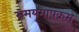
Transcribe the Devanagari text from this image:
समयमापक्रम